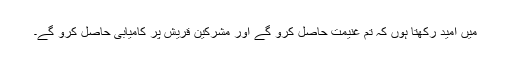
میں امید رکھتا ہوں کہ تم غنیمت حاصل کرو گے اور مشرکین قریش پر کامیابی حاصل کرو گے۔